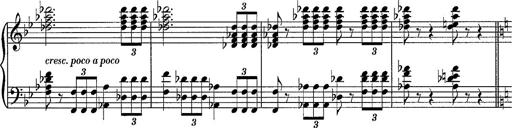
Title: R.W. - Venezia
Composer: Franz Liszt